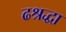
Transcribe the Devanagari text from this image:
ढश्रद्धा